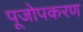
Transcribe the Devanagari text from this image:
पूजोपकरण